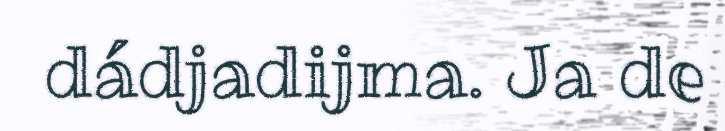
dádjadijma. Ja de